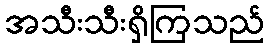
အသီးသီးရှိကြသည်